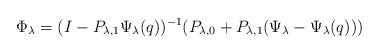
LaTeX: \begin{align*}\Phi _\lambda = (I- P_{\lambda,1} \Psi _\lambda (q))^{-1} (P_{\lambda,0} + P_{\lambda,1} (\Psi _\lambda - \Psi _\lambda (q)) ) \end{align*}